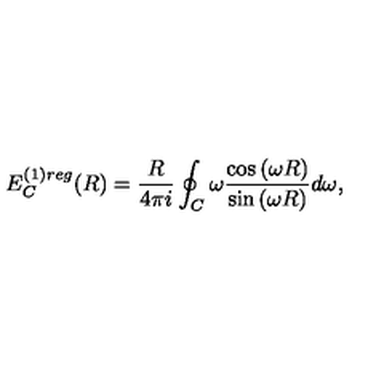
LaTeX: E _ { C } ^ { ( 1 ) r e g } ( R ) = \frac { R } { 4 \pi i } \oint _ { C } ^ { } \omega \frac { \cos { ( \omega R ) } } { \sin { ( \omega R ) } } d \omega ,